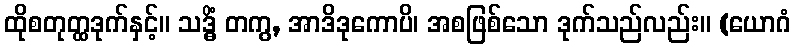
ထိုစတုတ္ထဒုက်နှင့်။ သဒ္ဓိံ တကွ, အာဒိဒုကောပိ၊ အစဖြစ်သော ဒုက်သည်လည်း။ (ယောဂံ